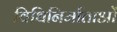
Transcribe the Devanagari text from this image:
विधिनिर्माताओं